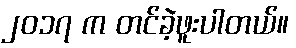
၂၀၁၇ က တင်ခဲ့ဖူးပါတယ်။